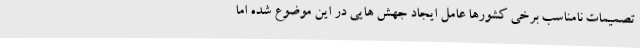
تصمیمات نامناسب برخی کشورها عامل ایجاد جهش هایی در این موضوع شده اما